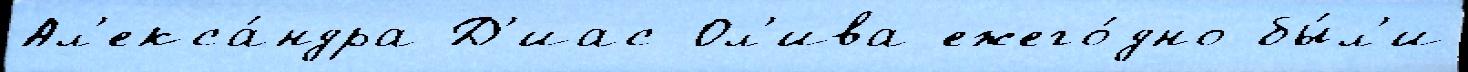
Ал'екса́ндра Д'иас-Ол'ива ежего́дно бы́л'и